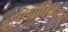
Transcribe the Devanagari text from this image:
शरीराधिकरण